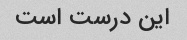
این درست است